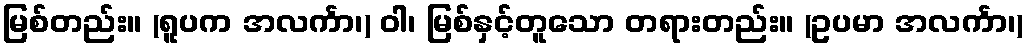
မြစ်တည်း။ (ရူပက အလင်္ကာ၊) ဝါ၊ မြစ်နှင့်တူသော တရားတည်း။ (ဥပမာ အလင်္ကာ၊)